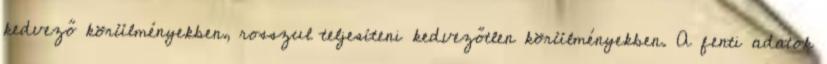
kedvező körülményekben, rosszul teljesíteni kedvezőtlen körülményekben. A fenti adatok